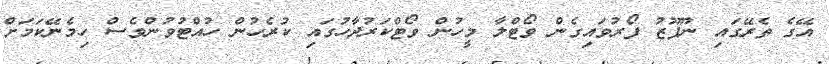
އޭގެ ތެރޭގައި ނޫފޫޒު ފޯރުވައިގެން ވޯޓްލާ މީހުން ވޯޓްކަރުދާހުގައި ކުރެހުން ހުއްޓުވުންވެސް ހިމެނޭކަމަށް